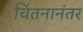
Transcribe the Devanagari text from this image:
चिंतनानंतर